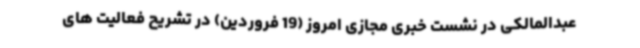
عبدالمالکی در نشست خبری مجازی امروز (19 فروردین) در تشریح فعالیت های